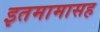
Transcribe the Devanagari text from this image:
इतमामासह